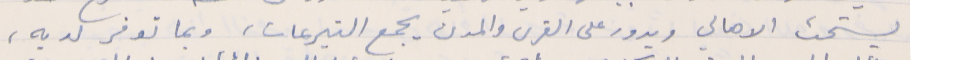
يستحث الاهالي ويدور على القرى والمدن يجمع التبرعات، وبما توفر لديه،